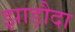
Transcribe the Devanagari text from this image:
झाड़ौदा